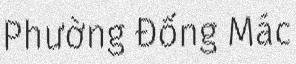
Phường Đống Mác